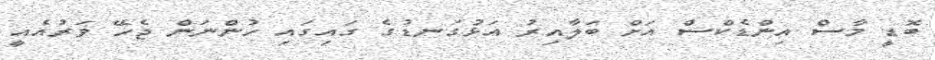
ބޮޑީ މާސް އިންޑެކްސް އަށް ބަލާއިރު އަޅުގަނޑުގެ ގައިގައި ހުންނަން ޖެހޭ ވަރުއެއީ